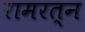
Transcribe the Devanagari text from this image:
रामरत्‍न